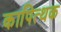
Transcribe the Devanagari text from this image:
कापित्थक